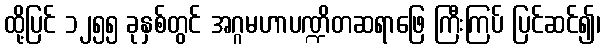
ထို့ပြင် ၁၂၅၅ ခုနှစ်တွင် အဂ္ဂမဟာပဏ္ဍိတဆရာဖြေ ကြီးကြပ် ပြင်ဆင်၍၊